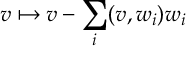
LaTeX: v \mapsto v - \sum _ { i } ( v , w _ { i } ) w _ { i }